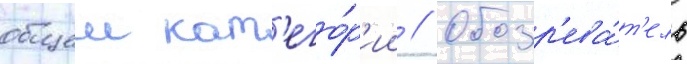
общеи кат'его́р'ии // Обозр'ева́т'ель